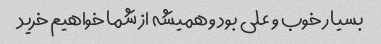
بسیار خوب و علی بود و همیشه از شما خواهیم خرید